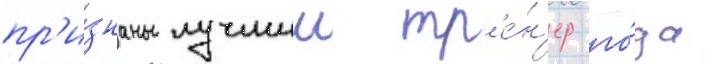
пр'и́знаны лучшии тр'е́н'ер го́да